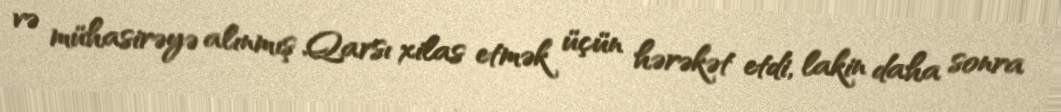
və mühasirəyə alınmış Qarsı xilas etmək üçün hərəkət etdi, lakin daha sonra